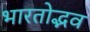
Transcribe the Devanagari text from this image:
भारतोद्भव